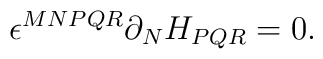
\epsilon^{MNPQR}\partial_{N}H_{PQR} = 0 .